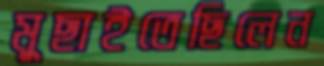
মুছাইতেছিলেন